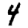
Digit: 4